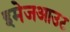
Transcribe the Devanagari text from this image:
इमेजआउट